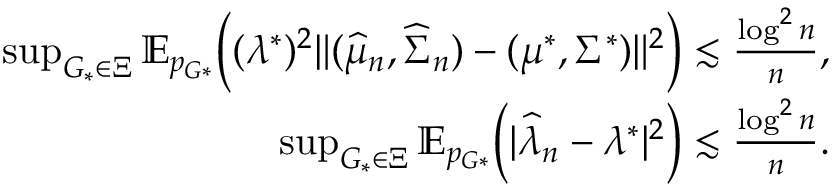
\begin{array} { r } { \operatorname* { s u p } _ { G _ { * } \in \Xi } \mathbb { E } _ { p _ { G * } } \biggr ( ( \lambda ^ { * } ) ^ { 2 } \| ( \widehat { \mu } _ { n } , \widehat { \Sigma } _ { n } ) - ( \mu ^ { * } , \Sigma ^ { * } ) \| ^ { 2 } \biggr ) \lesssim \frac { \log ^ { 2 } n } { n } , } \\ { \operatorname* { s u p } _ { G _ { * } \in \Xi } \mathbb { E } _ { p _ { G * } } \biggr ( | \widehat { \lambda } _ { n } - \lambda ^ { * } | ^ { 2 } \biggr ) \lesssim \frac { \log ^ { 2 } n } { n } . } \end{array}